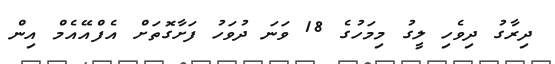
ދިރާގު ދިވެހި ލީގު މިމަހުގެ 18 ވަނަ ދުވަހު ފަށާގޮތަށް އެފްއޭއެމް އިން